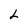
Character: L